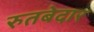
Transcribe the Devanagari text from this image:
रुतबेदार